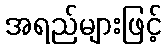
အရည်များဖြင့်